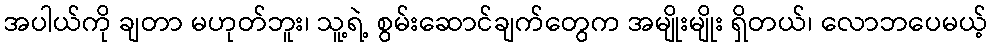
အပါယ်ကို ချတာ မဟုတ်ဘူး၊ သူ့ရဲ့ စွမ်းဆောင်ချက်တွေက အမျိုးမျိုး ရှိတယ်၊ လောဘပေမယ့်